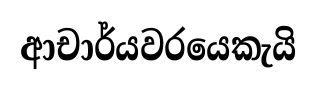
ආචාර්යවරයෙකැයි